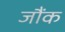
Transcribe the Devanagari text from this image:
जौंक